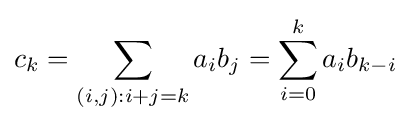
c_{k}=\sum _{(i,j):i+j=k}{a_{i}b_{j}}=\sum _{i=0}^{k}{a_{i}b_{k-i}}